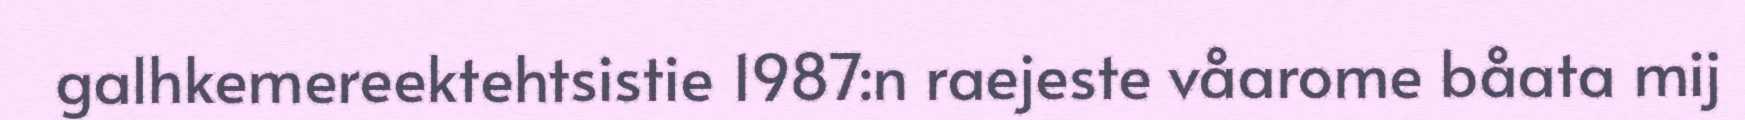
galhkemereektehtsistie 1987:n raejeste våarome båata mij